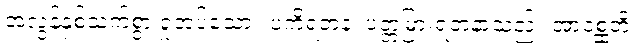
အလွန်နှစ်သက်စွာ ရှုအပ်သော။ ပကိရတနံ၊ ပတ္တမြားရတနာသည်။ အာဝစ္ဆတိ၊